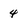
Character: 4